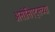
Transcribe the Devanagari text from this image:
असोसिएट्सच्या